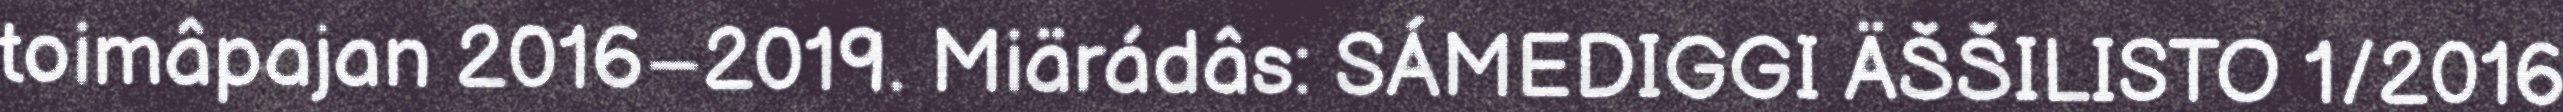
toimâpajan 2016–2019. Miärádâs: SÁMEDIGGI ÄŠŠILISTO 1/2016